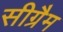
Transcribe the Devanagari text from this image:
सीग्रैम